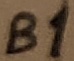
Text: B1